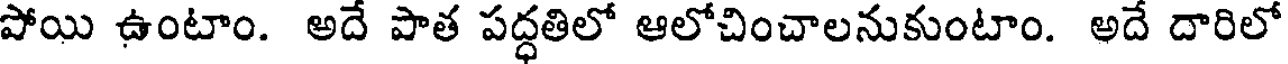
పోయి ఉంటాం. అదే పాత పద్ధతిలో ఆలోచించాలనుకుంటాం. అదే దారిలో